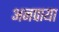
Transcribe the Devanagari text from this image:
अनपाया